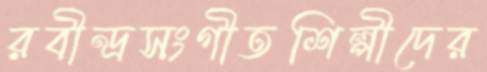
রবীন্দ্রসংগীতশিল্পীদের